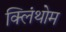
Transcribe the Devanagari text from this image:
क्लिंथोम